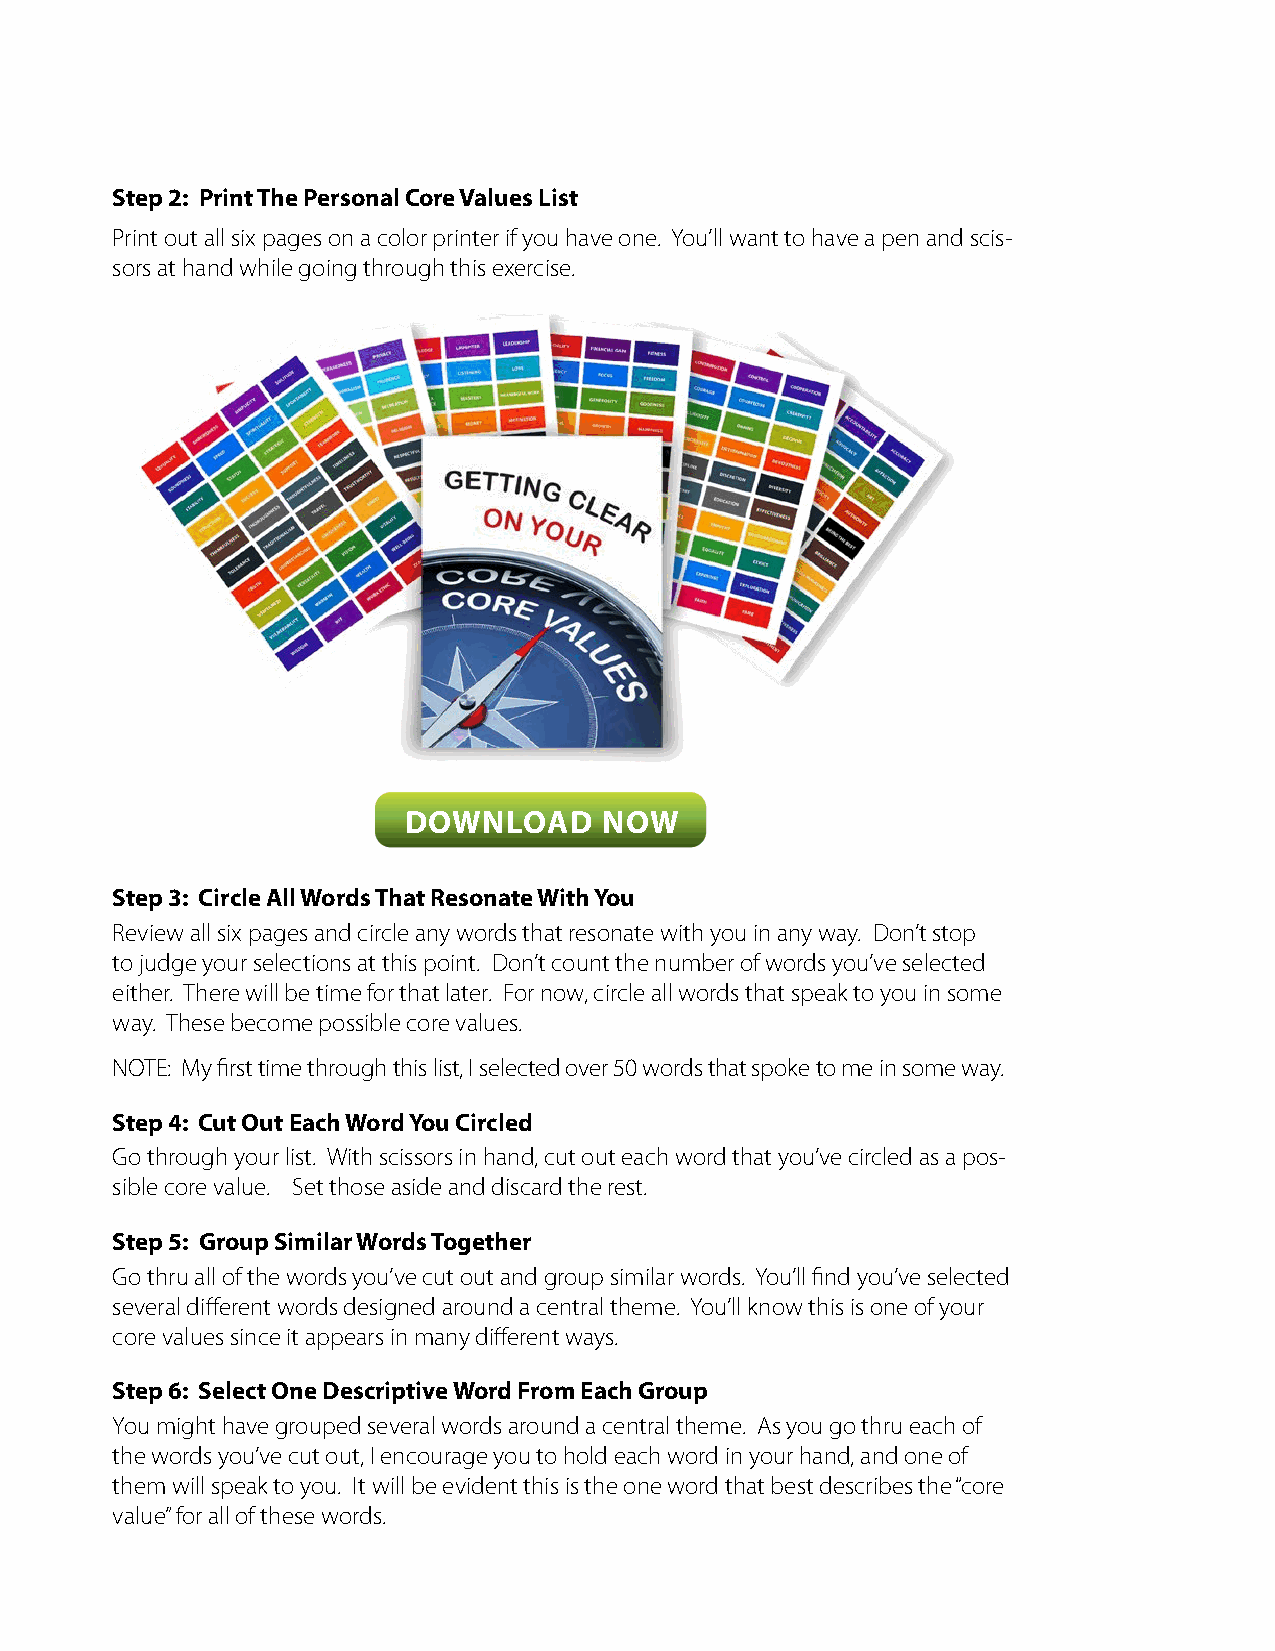
Step 2: Print The Personal Core Values List
 Print out all six pages on a color printer if you have one. You’ll want to have a pen and scis-
 sors at hand while going through this exercise.
 DOWNLOAD     NOW
 Step 3: Circle All Words That Resonate With You
 Review all six pages and circle any words that resonate with you in any way. Don’t stop
 to judge your selections at this point. Don’t count the number of words you’ve selected
 either. There will be time for that later. For now, circle all words that speak to you in some
 way. These become possible core values.
 NOTE: My first time through this list, I selected over 50 words that spoke to me in some way.
 Step 4: Cut Out Each Word You Circled
 Go through your list. With scissors in hand, cut out each word that you’ve circled as a pos-
 sible core value. Set those aside and discard the rest.
 Step 5: Group Similar Words Together
 Go thru all of the words you’ve cut out and group similar words. You’ll find you’ve selected
 several different words designed around a central theme. You’ll know this is one of your
 core values since it appears in many different ways.
 Step 6: Select One Descriptive Word From Each Group
 You might have grouped several words around a central theme. As you go thru each of
 the words you’ve cut out, I encourage you to hold each word in your hand, and one of
 them will speak to you. It will be evident this is the one word that best describes the “core
 value” for all of these words.